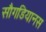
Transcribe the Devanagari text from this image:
सौगडियानस